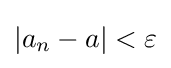
\left\vert a_{n}-a\right\vert <\varepsilon